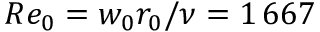
R e _ { 0 } = w _ { 0 } r _ { 0 } / \nu = 1 \, 6 6 7